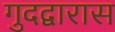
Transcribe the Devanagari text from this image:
गुदद्वारास